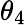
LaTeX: \theta_{4}